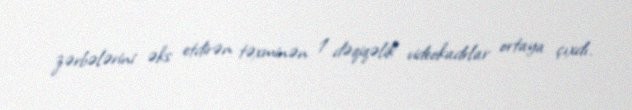
zərbələrini əks etdirən təxminən 1 dəqiqəlik videokadrlar ortaya çıxdı.